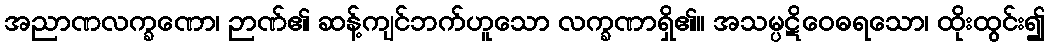
အညာဏလက္ခဏော၊ ဉာဏ်၏ ဆန့်ကျင်ဘက်ဟူသော လက္ခဏာရှိ၏။ အသမ္ပဋိဝေဓရသော၊ ထိုးထွင်း၍